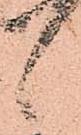
候